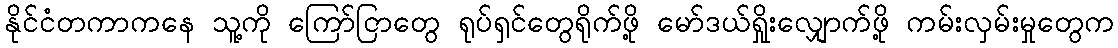
နိုင်ငံတကာကနေ သူ့ကို ကြော်ငြာတွေ ရုပ်ရှင်တွေရိုက်ဖို့ မော်ဒယ်ရှိုးလျှောက်ဖို့ ကမ်းလှမ်းမှုတွေက